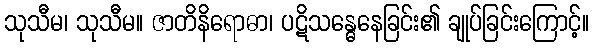
သုသီမ၊ သုသီမ။ ဇာတိနိရောဓာ၊ ပဋိသန္ဓေနေခြင်း၏ ချုပ်ခြင်းကြောင့်။